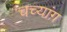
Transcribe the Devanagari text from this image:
चच्यांग